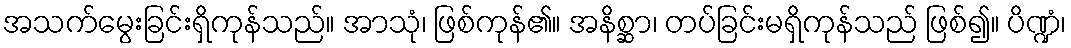
အသက်မွေးခြင်းရှိကုန်သည်။ အာသုံ၊ ဖြစ်ကုန်၏။ အနိစ္ဆာ၊ တပ်ခြင်းမရှိကုန်သည် ဖြစ်၍။ ပိဏ္ဍံ၊